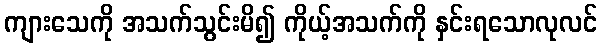
ကျားသေကို အသက်သွင်းမိ၍ ကိုယ့်အသက်ကို နှင်းရသောလုလင်